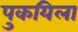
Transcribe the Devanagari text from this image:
पुकयिला